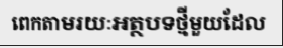
ពេកតាមរយៈអត្ថបទថ្មីមួយដែល